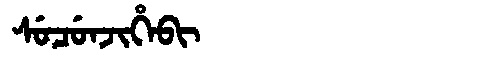
Manchu: ᠰᡠᠴᡠᠨᠵᡳᡥᡝᠪᡳ
Romanization: SUCUNJIHEBI